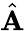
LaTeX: \hat{\mathbf A}